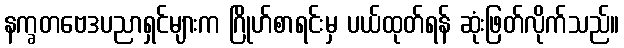
နက္ခတဗေဒပညာရှင်များက ဂြိုဟ်စာရင်းမှ ပယ်ထုတ်ရန် ဆုံးဖြတ်လိုက်သည်။